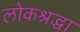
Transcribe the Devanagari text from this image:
लोकश्रद्धा